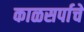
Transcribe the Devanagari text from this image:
काळसर्पाचे